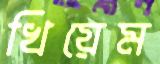
খিয়েম